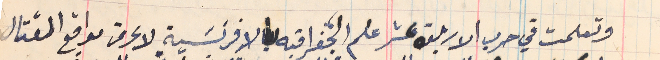
وتعلمت في حرب الاربعة عشر علم الجغرافيه بالافرنسَية لاعرض مواقع القتال